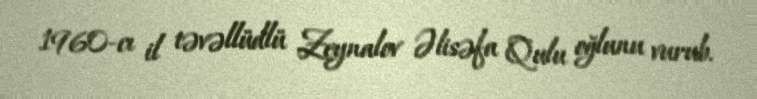
1960-cı il təvəllüdlü Zeynalov Əlisəfa Qulu oğlunu vurub.